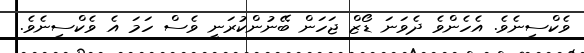
ވެކްސިނެވެ. އެހެންވެ ދެވަނަ ޑޯޒް ޖަހަން ބޭނުންކުރަނީ ވެސް ހަމަ އެ ވެކްސިނެވެ.